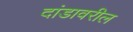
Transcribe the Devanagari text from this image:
दांडावरील